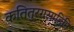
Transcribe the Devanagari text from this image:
कतितुरगसाहिनि